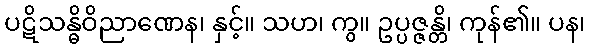
ပဋိသန္ဓိဝိညာဏေန၊ နှင့်။ သဟ၊ ကွ။ ဥပ္ပဇ္ဇန္တိ၊ ကုန်၏။ ပန၊